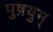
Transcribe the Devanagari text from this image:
पुष़युम्